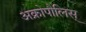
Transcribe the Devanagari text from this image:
अक्रोपौलिस्‌